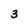
Character: 3